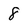
Character: 8